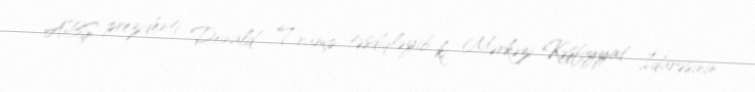
ABŞ prezidenti Donald Tramp təsdiqləyib ki, Mərkəzi Kəşfiyyat İdarəsinin